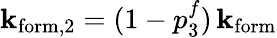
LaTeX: \mathbf{k}_{\mathrm{{form}},2}=(1-p_{3}^{f})\, \mathbf{k}_{\mathrm{{form}}}